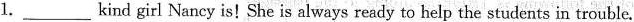
l.\underlinekind girl Nancy is! She is always ready to help the students in trouble.